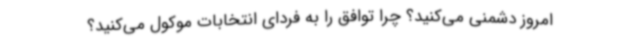
امروز دشمنی می‌کنید؟ چرا توافق را به فردای انتخابات موکول می‌کنید؟